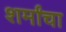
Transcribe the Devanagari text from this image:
शर्मांचा